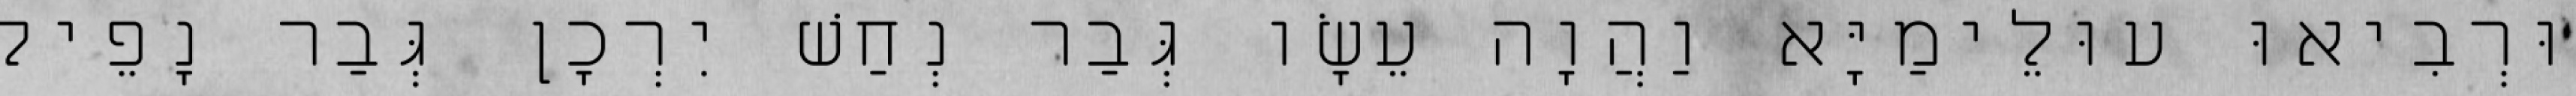
וּרְבִיאוּ עוּלֵימַיָּא וַהֲוָה עֵשָׂו גְּבַר נְחַשׁ יִרְכָן גְּבַר נָפֵיק